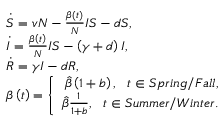
\begin{array} { r l } & { \dot { S } = v N - \frac { \beta \left( t \right) } N I S - d S , } \\ & { \dot { I } = \frac { \beta \left( t \right) } N I S - \left( \gamma + d \right) I , } \\ & { \dot { R } = \gamma I - d R , } \\ & { \beta \left( t \right) = \left\{ \begin{array} { r } { \hat { \beta } \left( 1 + b \right) , \ \ t \in S p r i n g / F a l l , } \\ { \hat { \beta } \frac { 1 } { 1 + b } , \ \ t \in S u m m e r / W i n t e r . } \end{array} \right. } \end{array}